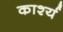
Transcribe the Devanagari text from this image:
कार्श्य